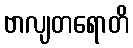
ဗာလျတရောတိ